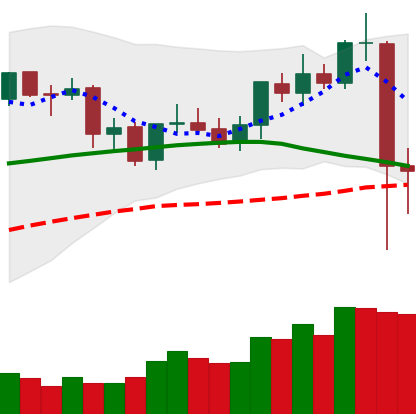
Ticker: ETC-USD
Chart end date: 2021-09-08
Forward return: -4.832%
Label: down_3_5